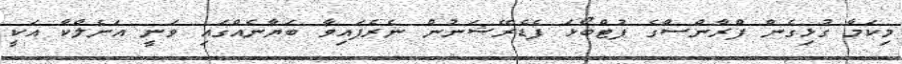
މިކަމާ ގުޅިގެން ފްރާންސްގެ ފުޓްބޯޅަ ފެޑެރޭޝަނުން ނެރެފައިވާ ބަޔާނެއްގައި ވަނީ އަނެލްކާ އަކީ